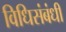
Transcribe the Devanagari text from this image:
विधिसंबंधी